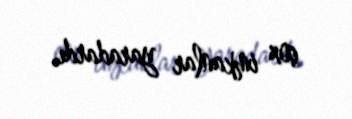
çox imkanlar yaradardı.